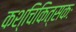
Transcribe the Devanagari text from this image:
कश्चिकित्सकः